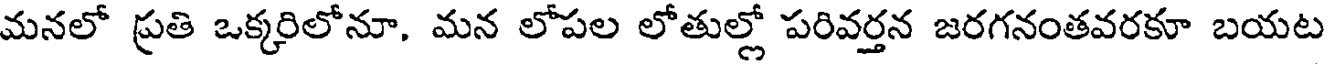
మనలో ప్రతి ఒక్కరిలోనూ. మన లోపల లోతుల్లో పరివర్తన జరగనంతవరకూ బయట